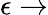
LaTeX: \epsilon\rightarrow